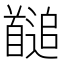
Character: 𩠱